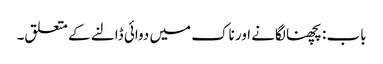
باب : پچھنا لگانے اور ناک میں دوائی ڈالنے کے متعلق۔